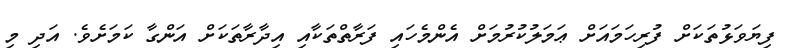
ފިޔަވަޅުތަކަށް ފުރިހަމައަށް ޢަމަލުކުރުމަށް އެންމެހައި ފަރާތްތަކާއި އިދާރާތަކަށް އަންގާ ކަމަށެވެ. އަދި މި